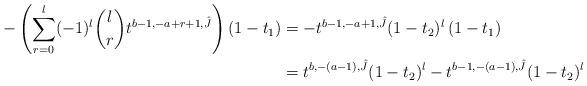
LaTeX: \begin{align*}-\left(\sum_{r=0}^l (-1)^l \binom{l}{r}t^{b-1,-a+r+1,\hat{J}}\right)(1-t_1)& = -t^{b-1,-a+1,\hat{J}}(1-t_2)^l\,(1-t_1) \\& = t^{b,-(a-1),\hat{J}}(1-t_2)^l - t^{b-1,-(a-1),\hat{J}}(1-t_2)^l\end{align*}